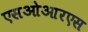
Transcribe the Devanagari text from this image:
एसओआरएस